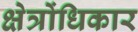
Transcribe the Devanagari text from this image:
क्षेत्रोंधिकार